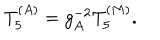
T _ { 5 } ^ { ( A ) } = g _ { A } ^ { - 2 } T _ { 5 } ^ { ( M ) } .